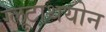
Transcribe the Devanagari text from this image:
ग्लूटाथयोन